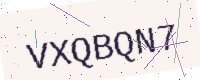
Text: VXQBQN7